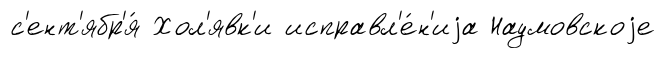
с'ент'ябр'я́ Хол'явк'и исправл'е́н'иjа Наумовскоjе